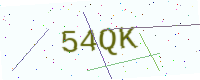
Text: 54QK